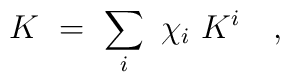
K \ = \  \sum_i \ \chi_i \ K^i \quad  ,